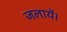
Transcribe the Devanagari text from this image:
जलायें।